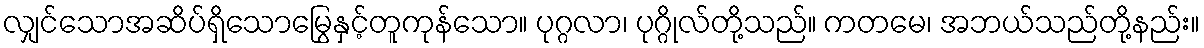
လျှင်သောအဆိပ်ရှိသောမြွေနှင့်တူကုန်သော။ ပုဂ္ဂလာ၊ ပုဂ္ဂိုလ်တို့သည်။ ကတမေ၊ အဘယ်သည်တို့နည်း။